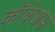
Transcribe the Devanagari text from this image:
कौकेशस